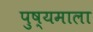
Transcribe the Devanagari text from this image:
पुष्यमाला